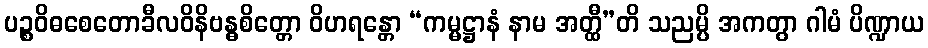
ပဉ္စဝိဓစေတောခီလဝိနိဗန္ဓစိတ္တော ဝိဟရန္တော “ကမ္မဋ္ဌာနံ နာမ အတ္ထီ”တိ သညမ္ပိ အကတွာ ဂါမံ ပိဏ္ဍာယ